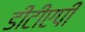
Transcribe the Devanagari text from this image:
डीटीएपी